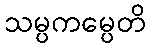
သမ္ပကမ္ပေတိ